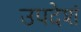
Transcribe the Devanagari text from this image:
उपदेशं